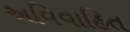
અવિવાહિત